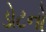
ડોટનો